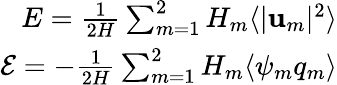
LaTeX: \begin{array}{r}{E=\frac{1}{2H}\sum_{m=1}^{2}H_{m}\langle|\mathbf{u}_{m}|^{2}\rangle}\\ {\mathcal{E}=-\frac{1}{2H}\sum_{m=1}^{2}H_{m}\langle\psi_{m}q_{m}\rangle}\end{array}